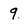
Character: 9